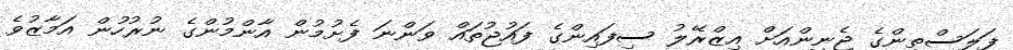
ފަލަސްތީންގެ ޖެނީންއަށް އިޒްރޭލު ސިފައިންގެ ފައުޖުތައް ވަންނަ ފެށުމުން އާންމުންގެ ނުރުހުން އަމާޒުވެ